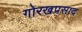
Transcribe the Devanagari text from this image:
गोरखप्रसाद